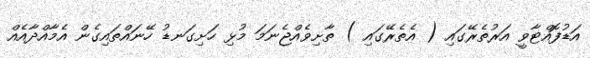
އަޑުފޮއްޓާވީ އަރުތެރޭގައި ( އެތެރޭގައި ) ތާށިވެއްޖެނަމަ މުޅި ހަށިގަނޑު ހޭނައްތައިގެން އެމާއްދާއެއް